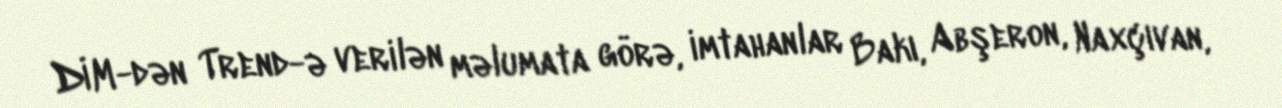
DİM-dən Trend-ə verilən məlumata görə, imtahanlar Bakı, Abşeron, Naxçıvan,